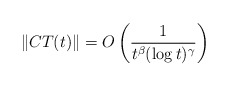
\begin{align*}\|CT(t)\| = O \left(\frac{1}{t^\beta (\log t)^\gamma}\right)\end{align*}